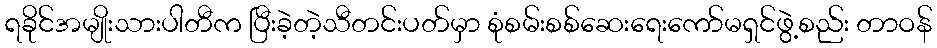
ရခိုင်အမျိုးသားပါတီက ပြီးခဲ့တဲ့သီတင်းပတ်မှာ စုံစမ်းစစ်ဆေးရေးကော်မရှင်ဖွဲ့စည်း တာဝန်